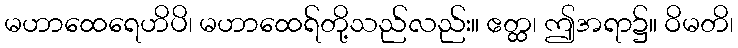
မဟာထေရေဟိပိ၊ မဟာထေရ်တို့သည်လည်း။ ဧတ္ထ၊ ဤအရာ၌။ ဝိမတိ၊